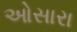
ઓસારા